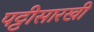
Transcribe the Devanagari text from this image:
पट्टीसारखी